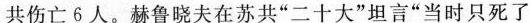
共伤亡6人。赫鲁晓夫在苏共”二十大”坦言”当时只死了